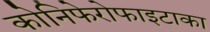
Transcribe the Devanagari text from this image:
कोनिफेरोफाइटाका